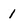
Character: 1